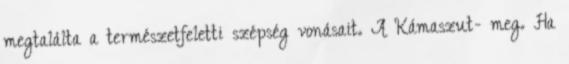
megtalálta a természetfeletti szépség vonásait. A Kámaszut- meg. Ha